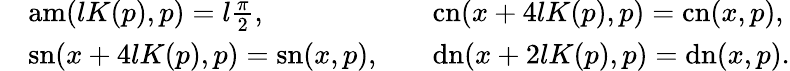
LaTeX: \begin{array}{rlrl}&{\mathrm{am}(lK(p),p)=l\frac{\pi}{2},\qquad}&&{\mathrm{cn}(x+4lK(p),p)=\mathrm{cn}(x,p),}\\ &{\mathrm{sn}(x+4lK(p),p)=\mathrm{sn}(x,p),}&&{\mathrm{dn}(x+2lK(p),p)=\mathrm{dn}(x,p).}\end{array}